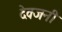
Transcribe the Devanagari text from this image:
देवजनी